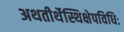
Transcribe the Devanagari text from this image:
अथतीर्थेस्थिक्षेपविधिः